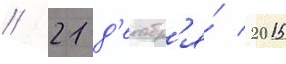
// 21 д'екабр'я́ 2015